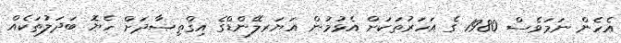
އެހެން ނަމަވެސް 1980 ގެ އަހަރުތަކަށް އެޅުމުން އަޔަރލޭންޑްގެ އިޤްތިޞާދަށް ހެޔޮ ބަދަލުތަކެއް